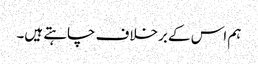
ہم اس کے برخلاف چاہتے ہیں۔